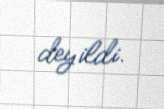
deyildi.